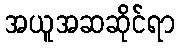
အယူအဆဆိုင်ရာ